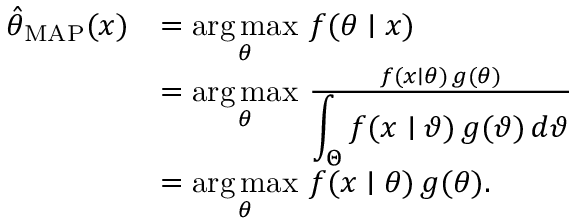
{ \begin{array} { r l } { { \hat { \theta } } _ { \mathrm { M A P } } ( x ) } & { = { \underset { \theta } { \operatorname { a r g \, m a x } } } \ f ( \theta \mid x ) } \\ & { = { \underset { \theta } { \operatorname { a r g \, m a x } } } \ { \frac { f ( x \mid \theta ) \, g ( \theta ) } { \displaystyle \int _ { \Theta } f ( x \mid \vartheta ) \, g ( \vartheta ) \, d \vartheta } } } \\ & { = { \underset { \theta } { \operatorname { a r g \, m a x } } } \ f ( x \mid \theta ) \, g ( \theta ) . } \end{array} }